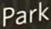
Park